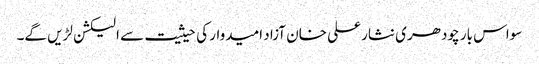
سواس بار چودھری نثار علی خان آزاد امیدوار کی حیثیت سے الیکشن لڑیں گے۔